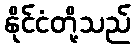
နိုင်ငံတို့သည်